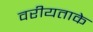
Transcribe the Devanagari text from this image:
वरीयताके